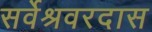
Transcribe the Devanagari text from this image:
सर्वेश्रवरदास